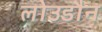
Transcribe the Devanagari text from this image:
लोउडौन